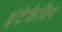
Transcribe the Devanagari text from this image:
इंटेकैविर